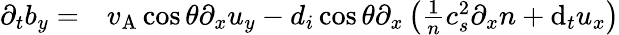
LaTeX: \begin{array}{rl}{\partial_{t}b_{y}=}&{{}v_{\mathrm{A}}\cos\theta\partial_{x}u_{y}-d_{i}\cos\theta\partial_{x}\left(\frac{1}{n}c_{s}^{2}\partial_{x}n+\mathrm{d}_{t}u_{x}\right)}\end{array}